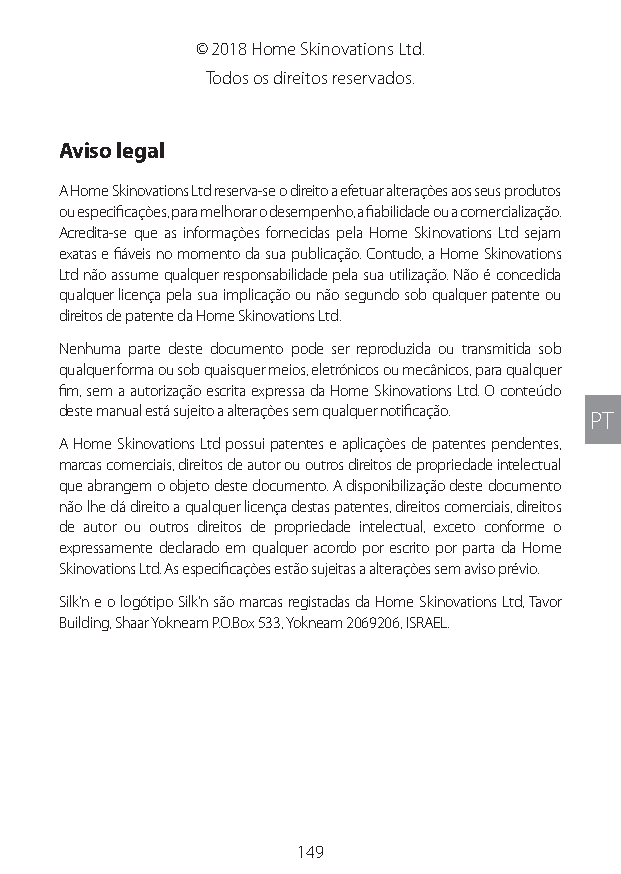
© 2018 Home Skinovations Ltd.
 Todos os direitos reservados.
 Aviso legal
 A Home Skinovations Ltd reserva-se o direito a efetuar alterações aos seus produtos
 ou especificações, para melhorar o desempenho, a fiabilidade ou a comercialização.
 Acredita-se que as informações fornecidas pela Home Skinovations Ltd sejam
 exatas e fiáveis no momento da sua publicação. Contudo, a Home Skinovations
 Ltd não assume qualquer responsabilidade pela sua utilização. Não é concedida
 qualquer licença pela sua implicação ou não segundo sob qualquer patente ou
 direitos de patente da Home Skinovations Ltd.
 Nenhuma parte deste documento pode ser reproduzida ou transmitida sob
 qualquer forma ou sob quaisquer meios, eletrónicos ou mecânicos, para qualquer
 fim, sem a autorização escrita expressa da Home Skinovations Ltd. O conteúdo
 deste manual está sujeito a alterações sem qualquer notificação.
 PT
 A Home Skinovations Ltd possui patentes e aplicações de patentes pendentes,
 marcas comerciais, direitos de autor ou outros direitos de propriedade intelectual
 que abrangem o objeto deste documento. A disponibilização deste documento
 não lhe dá direito a qualquer licença destas patentes, direitos comerciais, direitos
 de autor ou outros direitos de propriedade intelectual, exceto conforme o
 expressamente declarado em qualquer acordo por escrito por parta da Home
 Skinovations Ltd. As especificações estão sujeitas a alterações sem aviso prévio.
 Silk’n e o logótipo Silk’n são marcas registadas da Home Skinovations Ltd, Tavor
 Building, Shaar Yokneam P.O.Box 533, Yokneam 2069206, ISRAEL.
 149
 Lipo UM EU124 3545B inside ALL EU124 ED296-24 release.indd 149 14/08/2018 10:57:41